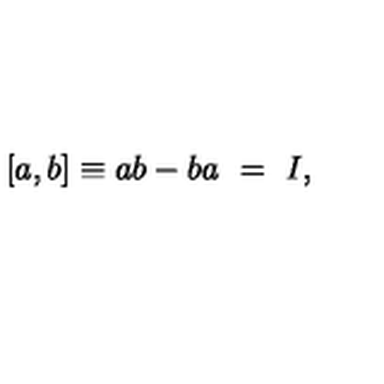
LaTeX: [ a , b ] \equiv a b - b a \ = \ I ,